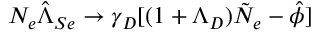
N _ { e } \hat { \Lambda } _ { S e } \rightarrow \gamma _ { D } [ ( 1 + \Lambda _ { D } ) \tilde { N } _ { e } - \hat { \phi } ]